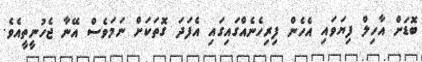
ބޮޑަށް އާހިލް ފިޔަވައި އެހެން ފިރިހެނެއްގައިގައި އެފަދަ ގޮތަކަށް ނަމަވެސް އޭނާ ޖެހުނީތީއެެވެ.